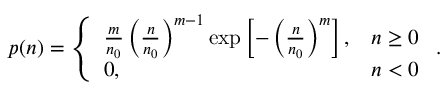
p ( n ) = \left\{ \begin{array} { l l } { \frac { m } { n _ { 0 } } \left( \frac { n } { n _ { 0 } } \right) ^ { m - 1 } \exp \left[ - \left( \frac { n } { n _ { 0 } } \right) ^ { m } \right] , } & { n \ge 0 } \\ { 0 , } & { n < 0 } \end{array} \right. .